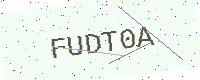
Text: FUDT0A